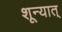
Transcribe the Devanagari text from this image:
शून्यात्